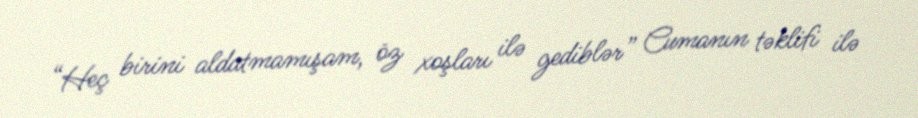
“Heç birini aldatmamışam, öz xoşları ilə gediblər” Cumanın təklifi ilə